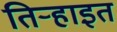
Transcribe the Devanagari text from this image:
तिऱ्हाइत